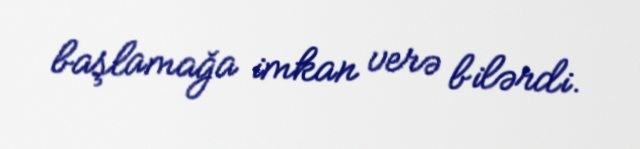
başlamağa imkan verə bilərdi.